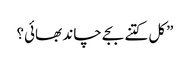
”کل کتنے بجے چاند بھائی؟